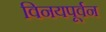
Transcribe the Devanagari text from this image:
विनयपूर्वन